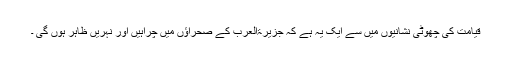
قیامت کی چھوٹی نشانیوں میں سے ایک یہ ہے کہ جزیرۃالعرب کے صحراؤں میں چراہیں اور نہریں ظاہر ہوں گی ۔